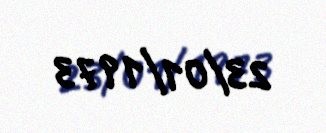
23/01/1973